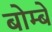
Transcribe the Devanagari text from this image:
बोम्‍बे